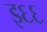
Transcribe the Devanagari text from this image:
इ६६